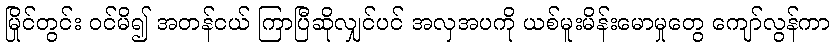
မြိုင်တွင်း ဝင်မိ၍ အတန်ငယ် ကြာပြီဆိုလျှင်ပင် အလှအပကို ယစ်မူးမိန်းမောမှုတွေ ကျော်လွန်ကာ